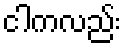
ငါကလည်း